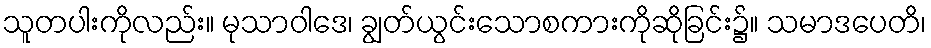
သူတပါးကိုလည်း။ မုသာဝါဒေ၊ ချွတ်ယွင်းသောစကားကိုဆိုခြင်း၌။ သမာဒပေတိ၊